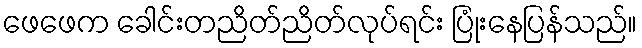
ဖေဖေက ခေါင်းတညိတ်ညိတ်လုပ်ရင်း ပြုံးနေပြန်သည်။